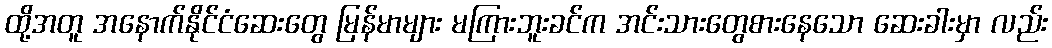
ထို့အတူ အနောက်နိုင်ငံဆေးတွေ မြန်မာများ မကြားဘူးခင်က အင်းသားတွေစားနေသော ဆေးခါးမှာ လည်း